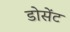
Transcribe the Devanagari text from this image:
डोसेंट